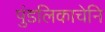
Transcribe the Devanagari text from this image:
पुंडलिकाचेनि